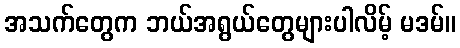
အသက်တွေက ဘယ်အရွယ်တွေများပါလိမ့် မဒမ်။